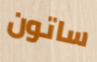
ساتون